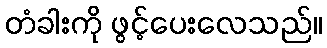
တံခါးကို ဖွင့်ပေးလေသည်။